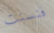
فنسنت